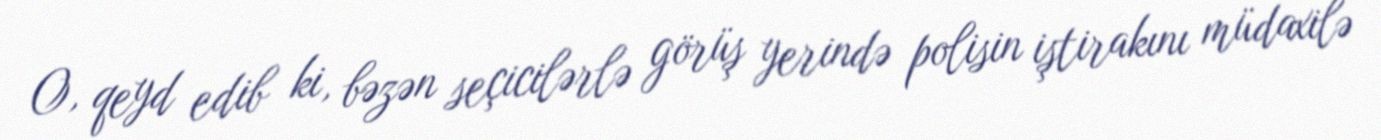
O, qeyd edib ki, bəzən seçicilərlə görüş yerində polisin iştirakını müdaxilə